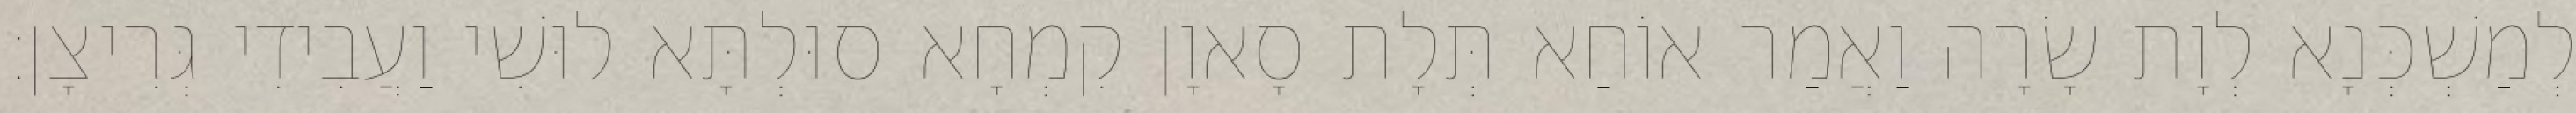
לְמַשְׁכְּנָא לְוָת שָׂרָה וַאֲמַר אוֹחַא תְּלָת סָאוָן קִמְחָא סוּלְתָּא לוּשִׁי וַעֲבִידִי גְּרִיצָן׃